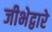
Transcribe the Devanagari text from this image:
जीभेद्वारे